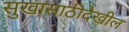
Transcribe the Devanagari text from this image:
सुखासाठीदेखील